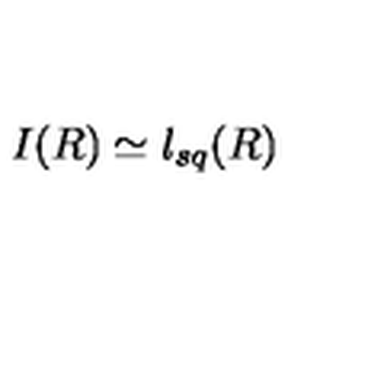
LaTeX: I ( R ) \simeq l _ { s q } ( R )